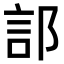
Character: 𫑟